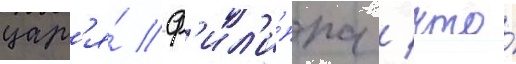
цар'я́ ф'ил'и́ппа / что́